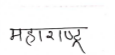
मजकूर: महाराष्ट्र